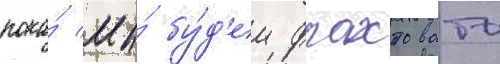
пока́ мы́ бу́д'ем фрахтовать